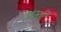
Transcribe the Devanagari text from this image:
अरतीं